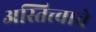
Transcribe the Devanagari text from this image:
अस्तित्त्वाचे